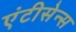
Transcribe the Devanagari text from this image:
एंटीसेन्स